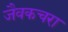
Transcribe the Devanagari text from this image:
जैवकचरा